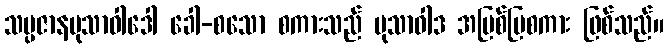
သမ္ပဇာနမုသာဝါဒေါ ခေါ-စသော စကားသည် မုသာဝါဒ အပြစ်ပြစကား ဖြစ်သည်။